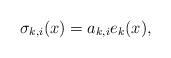
LaTeX: \begin{align*} \sigma_{k, i}(x) = a_{k, i} e_{k}(x) ,\end{align*}